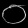
Digit: ၀